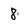
Character: 8